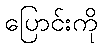
ပြောင်းကို